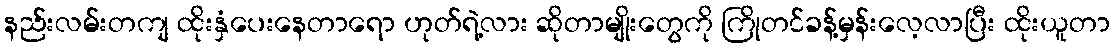
နည်းလမ်းတကျ ထိုးနှံပေးနေတာရော ဟုတ်ရဲ့လား ဆိုတာမျိုးတွေကို ကြိုတင်ခန့်မှန်းလေ့လာပြီး ထိုးယူတာ